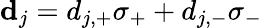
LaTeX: {\mathbf d}_{j}=d_{j,+}\sigma_{+}+d_{j,-}\sigma_{-}